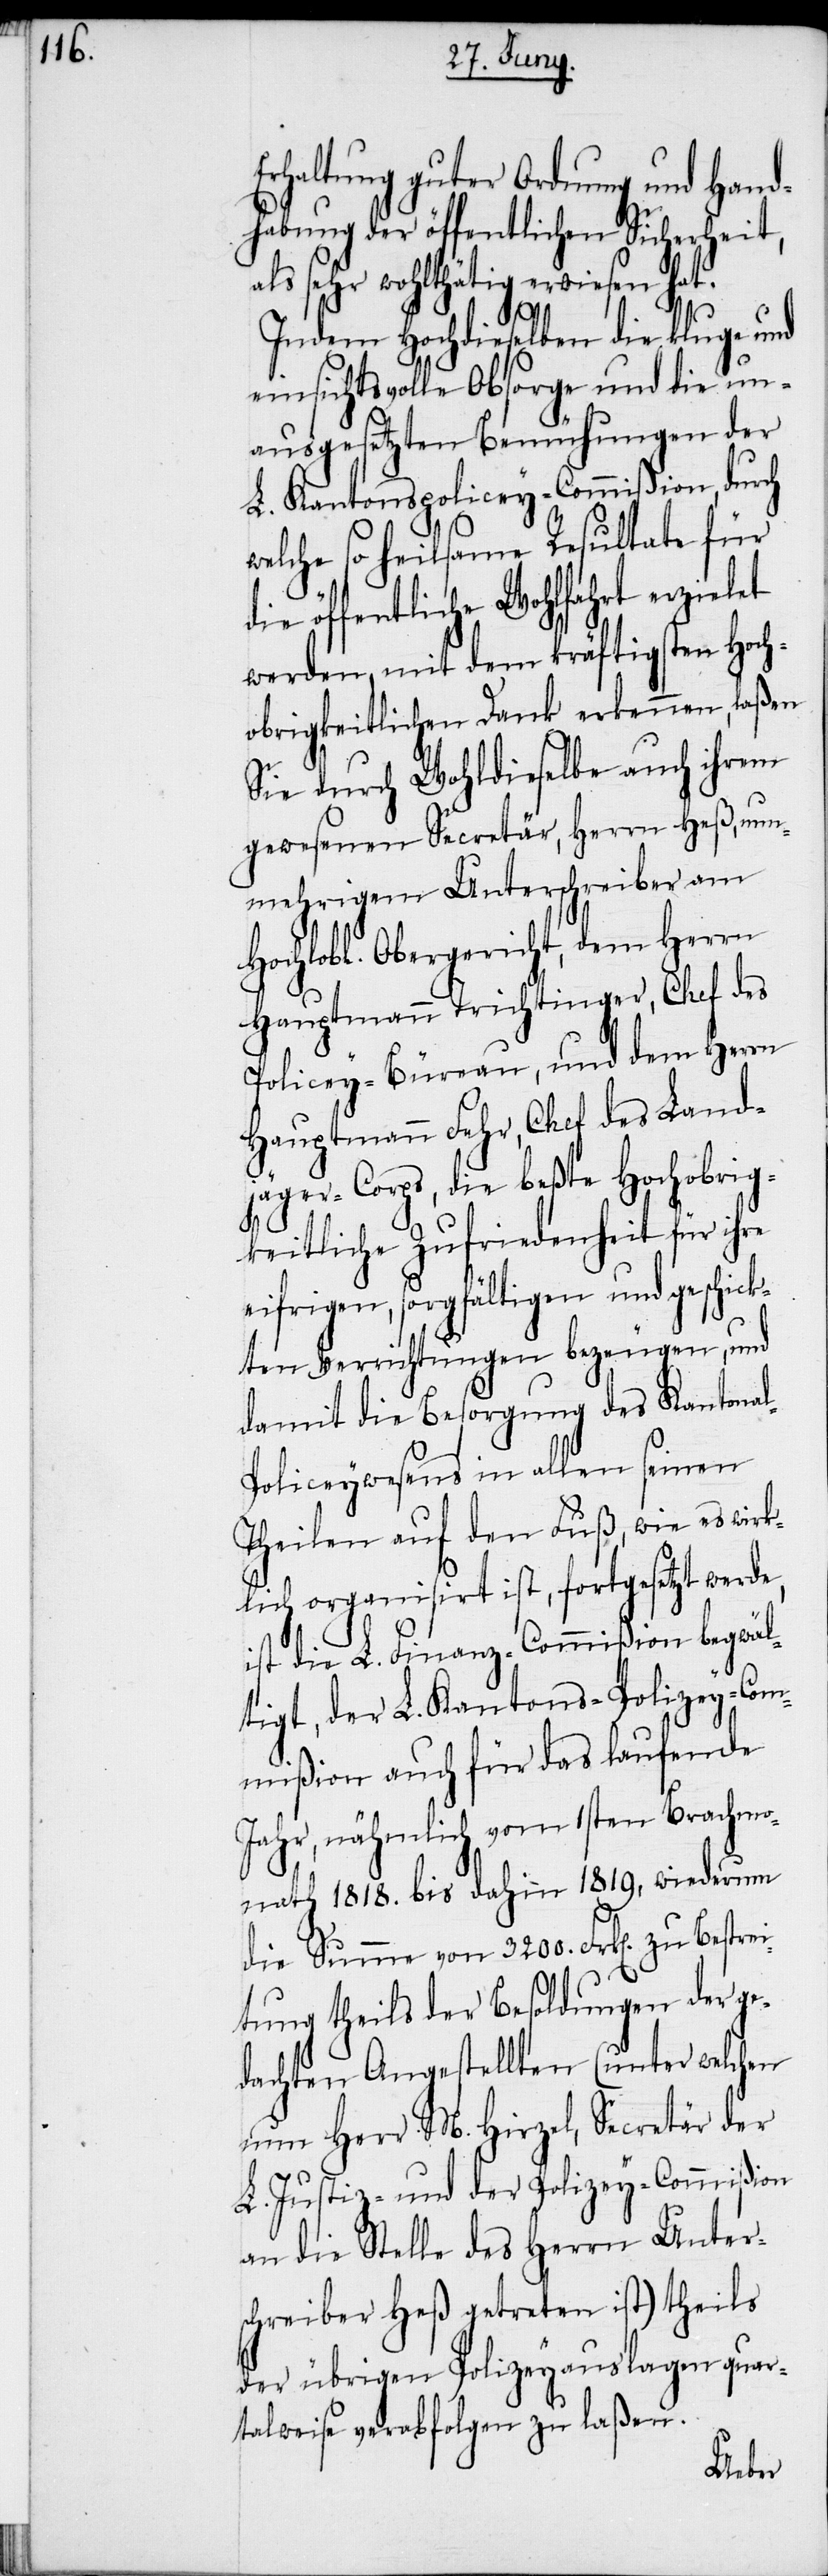
Erhaltung guter Ordnung und Hand¬
habung der öffentlichen Sicherheit,
als sehr wohlthätig erwiesen hat.
l-P¬
Indem Hochdieselben die kluge und
einsichtsvolle Obsorge und die un¬
ausgesetzten Bemühungen der
L. Kantonspolicey-Commißion, dur¬
welche so heilsame Resultate für
die öffentliche Wohlfahrt erzielet
werden, mit dem kräftigsten Hoch¬
obrigkeitlichen Dank erkennen, laßen
Sie durch Wohldieselbe auch ihrem
gewesenen Secretär, Herrn Heß, nu¬
nmehrigem Unterschreiber am
Hochlobl. Obergericht, dem Herrn
Hauptmann Trichtinger, Chef des
Policey-Büreau, und dem Herrn
Hauptmann Fehr, Chef des Land¬
jäger-Corps, die beßte Hochobrig¬
keitliche Zufriedenheit für ihre
eifrigen, sorgfältigen und geschick¬
ten Verrichtungen bezeugen, und
damit die Besorgung des Kantona¬
oliceywesens in allen seinen
Theilen auf den Fuß, wie es wirk¬
lich organisirt ist, fortgesetzt werde,
ist die L. Finanz-Commißion begwäl¬
tigt, der L. Kantons-Polizey-Com¬
mißion auch für das laufende
Jahr, nähmlich vom 1sten Brachmo¬
nath 1818. bis dahin 1819, wiederum
die Summe von 3200. Frk[en]. zu Be¬
tung theils der Besoldungen der ge¬
dachten Angestellten (unter welchen
nun Herr M. Hirzel, Secretär der
L. Justiz- und Polizey-Commißion
an die Stelle des Herrn Unter¬
schreiber Heß getreten ist) theils
der übrigen Polizeyauslagen quar¬
talweise verabfolgen zu laßen.
strei¬